Annual administration report of the Civil Veterinary Department of India - 1896-1897
Year: 1896
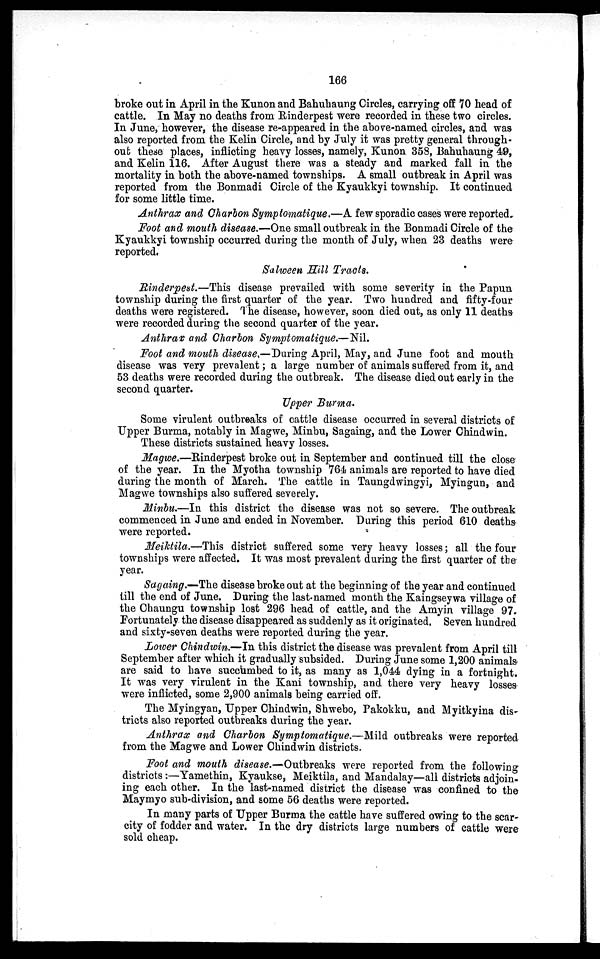
166
broke out in April in the Kunon and Bahuhaung Circles, carrying off 70 head of
cattle. In May no deaths from Rinderpest were recorded in these two circles.
In June, however, the disease re-appeared in the above-named circles, and was
also reported from the Kelin Circle, and by July it was pretty general through-
out these places, inflicting heavy losses, namely, Kunon 358, Bahuhaung 49,
and Kelin 116. After August there was a steady and marked fall in the
mortality in both the above-named townships. A small outbreak in April was
reported from the Bonmadi Circle of the Kyaukkyi township. It continued
for some little time.
Anthrax and Charbon Symptomatique.—A few sporadic cases were reported.
Foot and mouth disease.—One small outbreak in the Bonmadi Circle of the
Kyaukkyi township occurred during the month of July, when 23 deaths were
reported.
Salween Hill Tracts.
Rinderpest.—This disease prevailed with some severity in the Papun
township during the first quarter of the year. Two hundred and fifty-four
deaths were registered. The disease, however, soon died out, as only 11 deaths
were recorded during the second quarter of the year.
Anthrax and Charbon Symptomatique.—Nil.
Foot and mouth disease.—During April, May, and June foot and mouth
disease was very prevalent; a large number of animals suffered from it, and
53 deaths were recorded during the outbreak. The disease died out early in the
second quarter.
Upper Burma.
Some virulent outbreaks of cattle disease occurred in several districts of
Upper Burma, notably in Magwe, Minbu, Sagaing, and the Lower Chindwin.
These districts sustained heavy losses.
Magwe.—Rinderpest broke out in September and continued till the close
of the year. In the Myotha township 764 animals are reported to have died
during the month of March. The cattle in Taungdwingyi, Myingun, and
Magwe townships also suffered severely.
Minbu.—In this district the disease was not so severe. The outbreak
commenced in June and ended in November. During this period 610 deaths
were reported.
Meiktila.—This district suffered some very heavy losses; all the four
townships were affected. It was most prevalent during the first quarter of the
year.
Sagaing.—The disease broke out at the beginning of the year and continued
till the end of June. During the last named month the Kaingseywa village of
the Ohaungu township lost 296 head of cattle, and the Amyin village 97.
Fortunately the disease disappeared as suddenly as it originated. Seven hundred
and sixty-seven deaths were reported during the year.
Lower Chindwin.—In this district the disease was prevalent from April till
September after which it gradually subsided. During June some 1,200 animals
are said to have succumbed to it, as many as 1,044 dying in a fortnight.
It was very virulent in the Kani township, and there very heavy losses
were inflicted, some 2,900 animals being carried off.
The Myingyan, Upper Chindwin, Shwebo, Pakokku, and Myitkyina dis-
tricts also reported outbreaks during the year.
Anthrax and Charbon Symptomatique.—Mild outbreaks were reported
from the Magwe and Lower Chindwin districts.
Foot and mouth disease.—Outbreaks were reported from the following
districts:—Yamethin, Kyaukse, Meiktila, and Mandalay—all districts adjoin-
ing each other. In the last-named district the disease was confined to the
Maymyo sub-division, and some 56 deaths were reported.
In many parts of Upper Burma the cattle have suffered owing to the scar-
city of fodder and water. In the dry districts large numbers of cattle were
sold cheap.